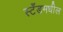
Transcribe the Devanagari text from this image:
स्टँडमधील